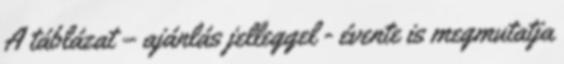
A táblázat – ajánlás jelleggel - évente is megmutatja